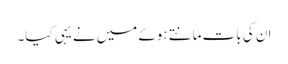
ان کی بات مانتے ہوئے میں نے یہی کیا۔